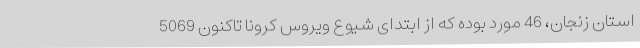
استان زنجان، 46 مورد بوده که از ابتدای شیوع ویروس کرونا تاکنون 5069